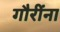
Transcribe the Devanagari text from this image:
गौरींना